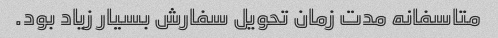
متاسفانه مدت زمان تحویل سفارش بسیار زیاد بود.